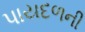
પાયદળની